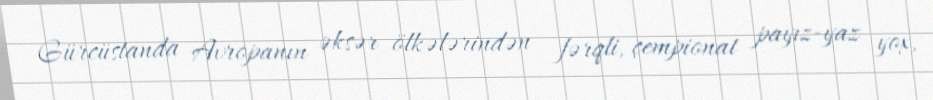
Gürcüstanda Avropanın əksər ölkələrindən fərqli, çempionat payız-yaz yox,